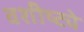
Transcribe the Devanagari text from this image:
वशीष्ट्ये